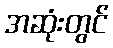
အဆုံးတွင်